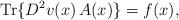
LaTeX: \begin{align*}\mathrm{Tr}\{D^2 v(x)\,A(x)\}=f(x),\end{align*}